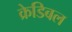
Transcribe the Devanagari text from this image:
क्रेडिबल